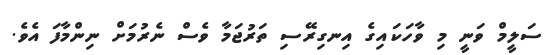
ސަލީމް ވަނީ މި ވާހަކައިގެ އިނގިރޭސި ތަރުޖަމާ ވެސް ނެރުމަށް ނިންމާފަ އެވެ.